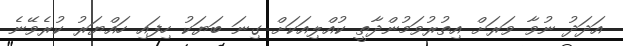
އަދަދު ނުވާ ވަރަށް އިތުރުވަމުންދާތީ ކުއްލިއަކަށް ގިނަ ބަޔަކު ހިފައި ހައްޔަރު ކުރެވޭނެ